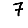
Digit: 7